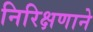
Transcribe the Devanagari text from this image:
निरिक्षणाने